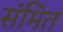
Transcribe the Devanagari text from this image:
संमित